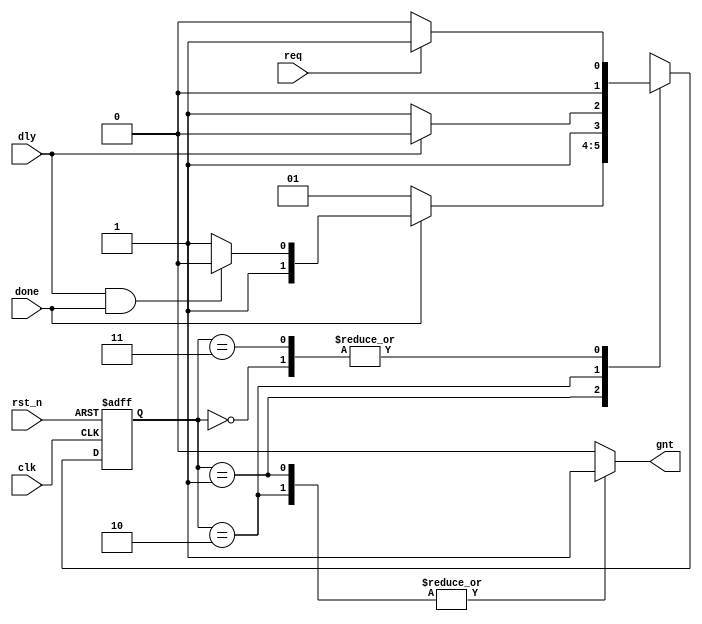
module fsm3(clk,rst_n,req,done,dly,gnt);
input clk,rst_n,req,done,dly;
output reg gnt;
parameter [1:0] idle=2'b00,bbusy=2'b01,bwait=2'b10,bfree=2'b11;
reg[1:0] pr_st,nxt_st;
always@(posedge clk or negedge rst_n)
begin
if(!rst_n)
pr_st<=idle;
else
pr_st<=nxt_st;
end
always@(pr_st,req,done,dly)
begin
nxt_st=2'bxx;
case(pr_st)
idle:
	if(!req)
	begin
	nxt_st=idle;
	end
	else
	begin
	nxt_st=bbusy;
	end
bbusy:
	if(!done)
	begin
	nxt_st=bbusy;
	end
	else if(dly&&done)
	begin
	nxt_st=bwait;
	end
	else if(!idle&&done)
	begin
	nxt_st=bfree;
	end
bwait:
	if(dly)
	begin
	nxt_st=bwait;
	end
	else
	begin
	nxt_st=bfree;
	end
bfree:
	if(req)
	begin
	nxt_st=bbusy;
	end
	else 
	begin
	nxt_st=idle;
	end
endcase
end
always@(pr_st)
begin
gnt=1'b0;
case(pr_st)
bbusy,bwait:gnt=1;
endcase
end
endmodule